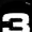
Digit: 3